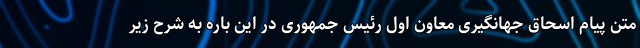
متن پیام اسحاق جهانگیری معاون اول رئیس جمهوری در این باره به شرح زیر